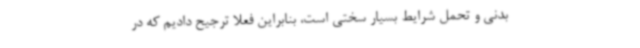
بدنی و تحمل شرایط بسیار سختی است، بنابراین فعلا ترجیح دادیم که در